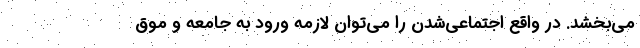
می‌بخشد. در واقع اجتماعی‌شدن را می‌توان لازمه ورود به جامعه و موق